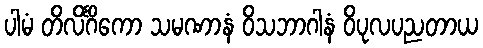
ပါမံ တိလိင်္ဂိကော သမဏာနံ ဝိသဘာဂါနံ ဝိပုလပညတာယ